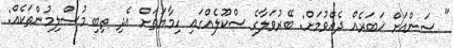
" ސަންއަށް ޚަބަރެއް ދެއްވުމަށް: ބޭރުވަލާގެ ސްކޫލެއްގައި ހިމާޔަތަށް އެދި ތިބި މުސްލިމުންތަކެއް: